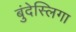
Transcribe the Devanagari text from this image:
बुंदेस्लिगा